65_HS1-834228961_62-HQ-83894_Section_9
Agency: FBI
Page 94
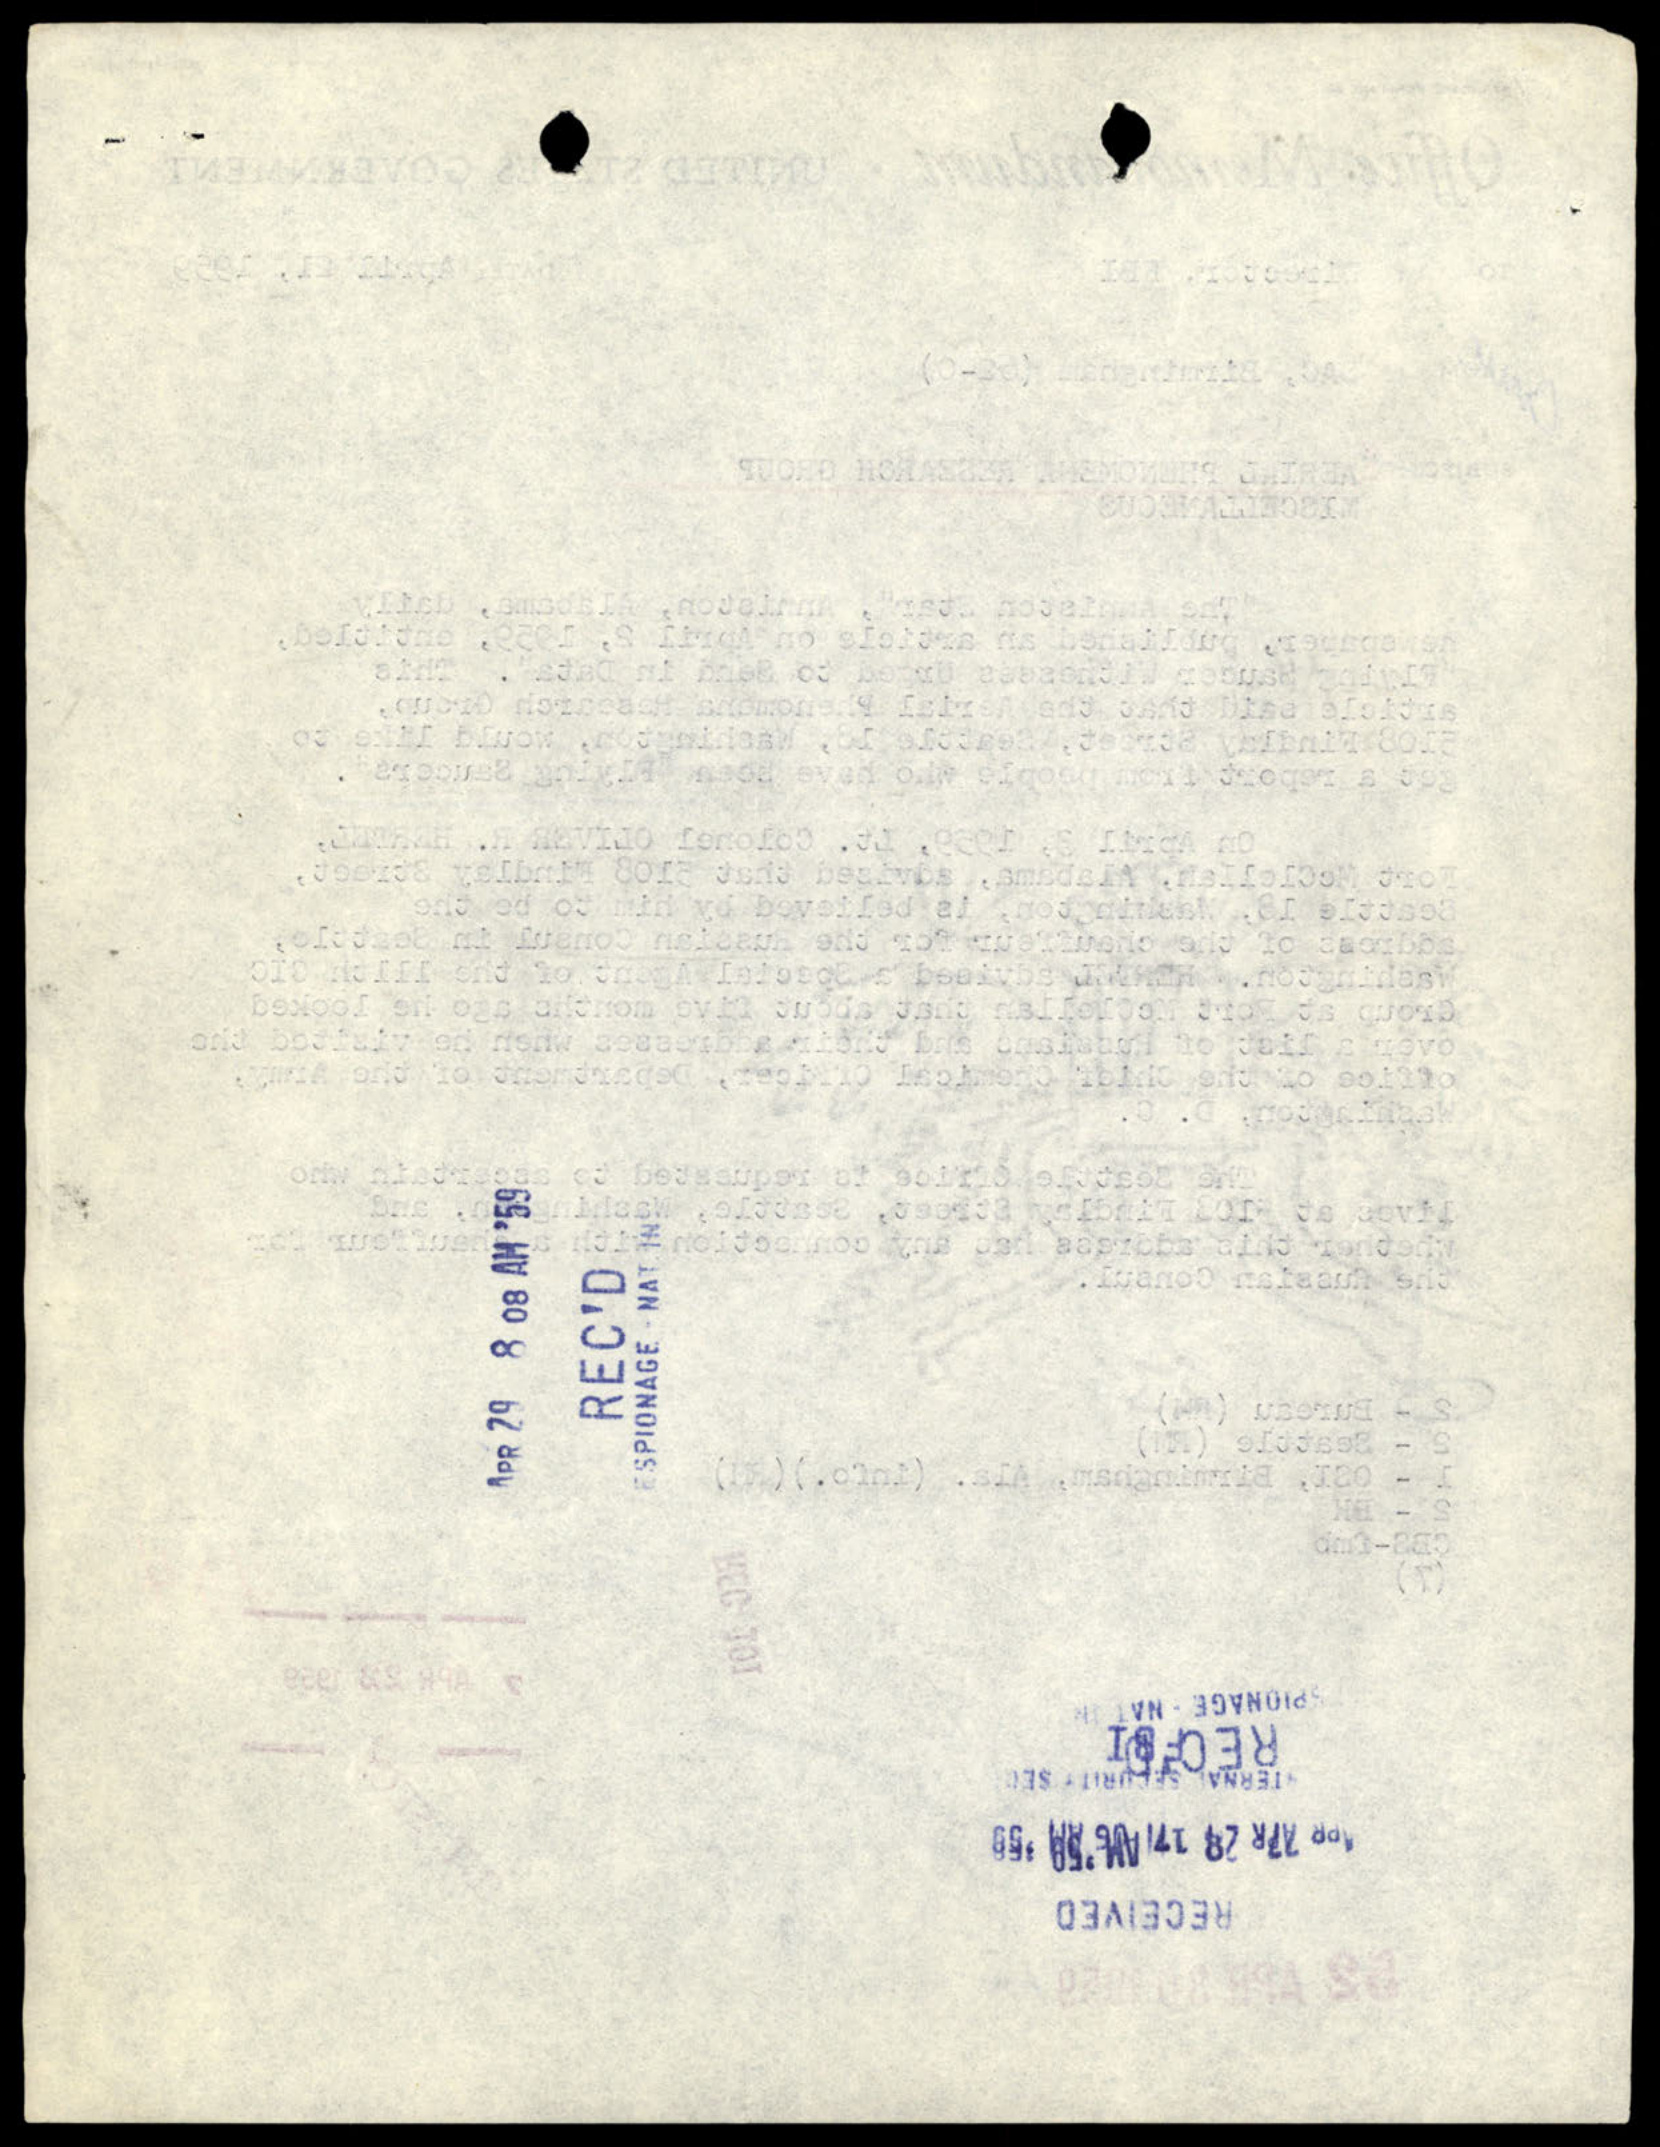